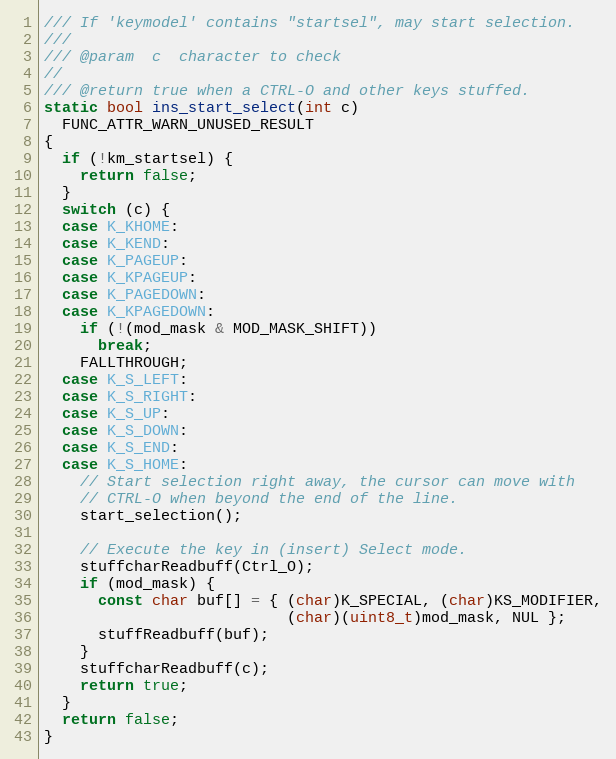
Language: C
/// If 'keymodel' contains "startsel", may start selection.
///
/// @param  c  character to check
//
/// @return true when a CTRL-O and other keys stuffed.
static bool ins_start_select(int c)
  FUNC_ATTR_WARN_UNUSED_RESULT
{
  if (!km_startsel) {
    return false;
  }
  switch (c) {
  case K_KHOME:
  case K_KEND:
  case K_PAGEUP:
  case K_KPAGEUP:
  case K_PAGEDOWN:
  case K_KPAGEDOWN:
    if (!(mod_mask & MOD_MASK_SHIFT))
      break;
    FALLTHROUGH;
  case K_S_LEFT:
  case K_S_RIGHT:
  case K_S_UP:
  case K_S_DOWN:
  case K_S_END:
  case K_S_HOME:
    // Start selection right away, the cursor can move with
    // CTRL-O when beyond the end of the line.
    start_selection();

    // Execute the key in (insert) Select mode.
    stuffcharReadbuff(Ctrl_O);
    if (mod_mask) {
      const char buf[] = { (char)K_SPECIAL, (char)KS_MODIFIER,
                           (char)(uint8_t)mod_mask, NUL };
      stuffReadbuff(buf);
    }
    stuffcharReadbuff(c);
    return true;
  }
  return false;
}